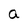
Character: a